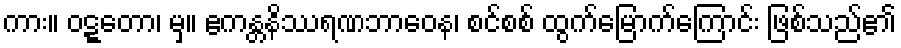
ကား။ ဝဋ္ဋတော၊ မှ။ ဧကန္တနိဿရဏဘာဝေန၊ စင်စစ် ထွက်မြောက်ကြောင်း ဖြစ်သည်၏